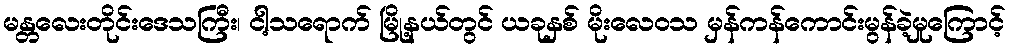
မန္တလေးတိုင်းဒေသကြီး၊ ငါ့သရောက် မြို့နယ်တွင် ယခုနှစ် မိုးလေဝသ မှန်ကန်ကောင်းမွန်ခဲ့မှုကြောင့်